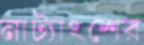
নাট্যাংশের